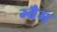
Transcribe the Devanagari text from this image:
ग्वैम